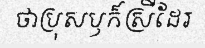
ថាប្រុសឫក៏ស្រីដែរ